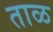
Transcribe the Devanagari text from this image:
ताळ